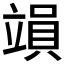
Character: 𥪩